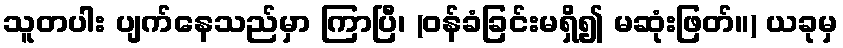
သူတပါး ပျက်နေသည်မှာ ကြာပြီ၊ (ဝန်ခံခြင်းမရှိ၍ မဆုံးဖြတ်။) ယခုမှ